Notes on vaccination in the North-West Frontier Province 1923-1928 - 1923-1928
Year: 1923
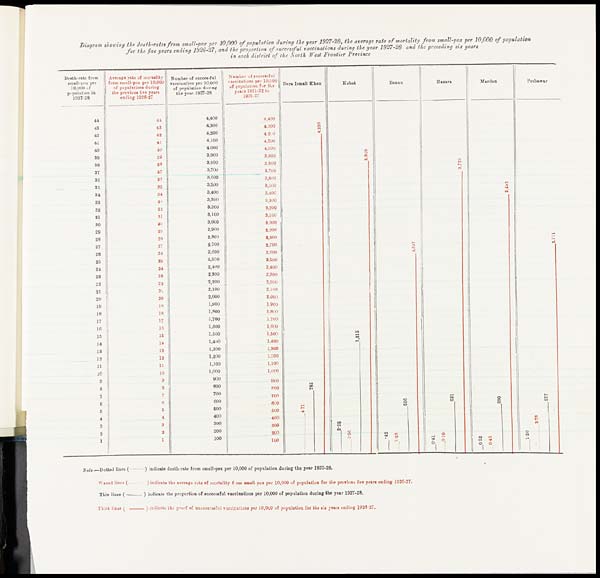
Diagram showing the death-rates from small-pox per 10,000 of population during the year 1927-28, the average rate of mortality from small-pox per 10,000 of population
for the five years ending 1926-27, and the proportion of successful vaccinations during the year 1927-28 and the preceding six years
in each district of the North West Frontier Province